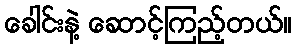
ခေါင်းနဲ့ ဆောင့်ကြည့်တယ်။